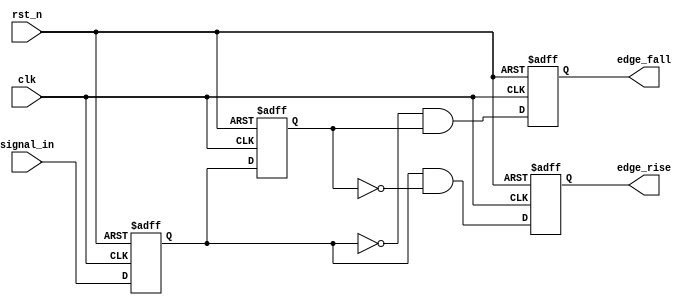
module glitch_free_edge_detector (
    input wire clk,            // Clock signal
    input wire rst_n,         // Asynchronous reset (active low)
    input wire signal_in,     // Input signal to detect edges
    output reg edge_rise,     // Output signal for rising edge detection
    output reg edge_fall      // Output signal for falling edge detection
);

    // Memory blocks to hold current and previous states
    reg current_state;        // Current state of the input signal
    reg previous_state;       // Previous state of the input signal

    // Sequential logic to update states on clock edge
    always @(posedge clk or negedge rst_n) begin
        if (!rst_n) begin
            // Asynchronous reset
            current_state <= 1'b0;
            previous_state <= 1'b0;
            edge_rise <= 1'b0;
            edge_fall <= 1'b0;
        end else begin
            // Update previous state to current state
            previous_state <= current_state;
            // Capture current state from input signal
            current_state <= signal_in;

            // Edge detection logic
            edge_rise <= (current_state == 1'b1 && previous_state == 1'b0);
            edge_fall <= (current_state == 1'b0 && previous_state == 1'b1);
        end
    end

endmodule